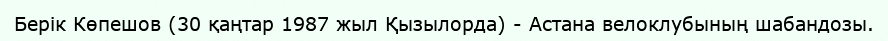
Берік Көпешов (30 қаңтар 1987 жыл Қызылорда) - Астана велоклубының шабандозы.